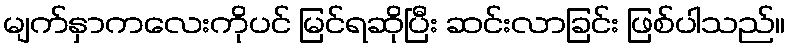
မျက်နှာကလေးကိုပင် မြင်ရဆိုပြီး ဆင်းလာခြင်း ဖြစ်ပါသည်။